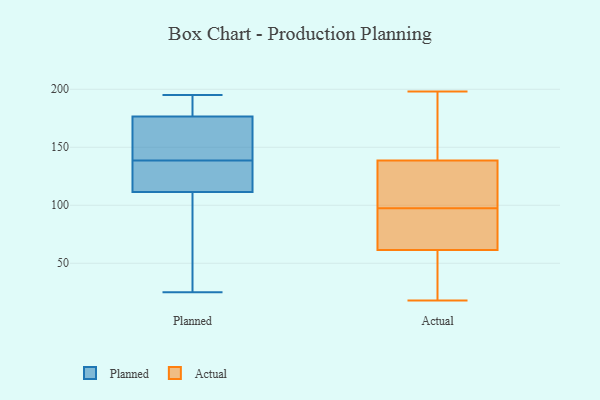
{"axis": {"x": "Page Views", "y": "Value"}, "legend": ["Actual", "Planned"], "data": [{"x": "", "y": 115, "type": "Planned"}, {"x": "", "y": 144, "type": "Planned"}, {"x": "", "y": 194, "type": "Planned"}, {"x": "", "y": 178, "type": "Planned"}, {"x": "", "y": 25, "type": "Planned"}, {"x": "", "y": 133, "type": "Planned"}, {"x": "", "y": 195, "type": "Planned"}, {"x": "", "y": 111, "type": "Planned"}, {"x": "", "y": 164, "type": "Planned"}, {"x": "", "y": 175, "type": "Planned"}, {"x": "", "y": 127, "type": "Planned"}, {"x": "", "y": 45, "type": "Planned"}, {"x": "", "y": 153, "type": "Planned"}, {"x": "", "y": 112, "type": "Planned"}, {"x": "", "y": 104, "type": "Planned"}, {"x": "", "y": 180, "type": "Planned"}, {"x": "", "y": 139, "type": "Actual"}, {"x": "", "y": 137, "type": "Actual"}, {"x": "", "y": 29, "type": "Actual"}, {"x": "", "y": 63, "type": "Actual"}, {"x": "", "y": 19, "type": "Actual"}, {"x": "", "y": 178, "type": "Actual"}, {"x": "", "y": 194, "type": "Actual"}, {"x": "", "y": 71, "type": "Actual"}, {"x": "", "y": 97, "type": "Actual"}, {"x": "", "y": 198, "type": "Actual"}, {"x": "", "y": 121, "type": "Actual"}, {"x": "", "y": 98, "type": "Actual"}, {"x": "", "y": 159, "type": "Actual"}, {"x": "", "y": 138, "type": "Actual"}, {"x": "", "y": 60, "type": "Actual"}, {"x": "", "y": 27, "type": "Actual"}, {"x": "", "y": 18, "type": "Actual"}, {"x": "", "y": 136, "type": "Actual"}, {"x": "", "y": 91, "type": "Actual"}, {"x": "", "y": 85, "type": "Actual"}]}